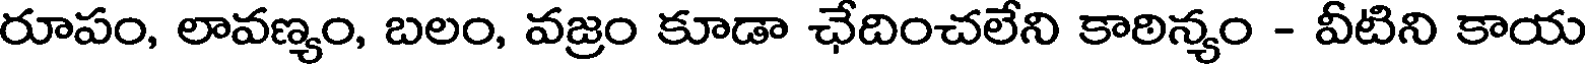
రూపం, లావణ్యం, బలం, వజ్రం కూడా ఛేదించలేని కాఠిన్యం - వీటిని కాయ